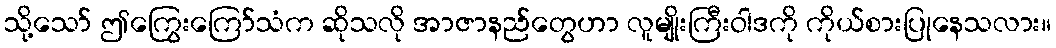
သို့သော် ဤကြွေးကြော်သံက ဆိုသလို အာဇာနည်တွေဟာ လူမျိုးကြီးဝါဒကို ကိုယ်စားပြုနေသလား။